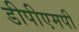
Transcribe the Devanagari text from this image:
डीपीएमपी